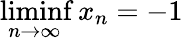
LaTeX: \operatorname*{liminf}_{n\to\infty}x_{n}=-1